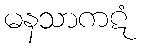
မနသာကဋံ